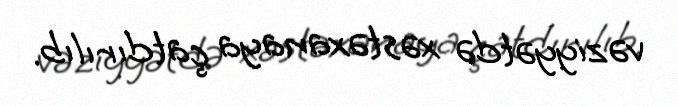
vəziyyətdə xəstəxanaya çatdırılıb.